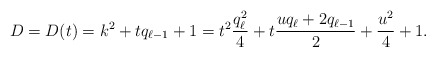
\begin{align*}D = D(t)=k^2+tq_{\ell-1}+1=t^2\frac{q_\ell^2}4+t\frac{uq_\ell+2q_{\ell-1}}{2}+\frac{u^2}{4}+1.\end{align*}